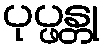
ပုပ္ဖန္တု